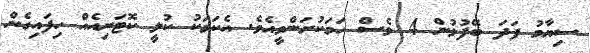
ސިޔާމު ފަދަ ބޭފުޅުން 4 ވެސް ހަމަކުރަންވީއެވެ. އެކަމަކު ކުލީ ކޮޓަރިއެއް ހިފައިގެން